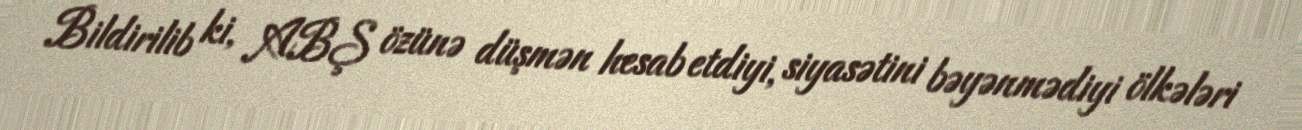
Bildirilib ki, ABŞ özünə düşmən hesab etdiyi, siyasətini bəyənmədiyi ölkələri